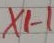
Text: X1-1